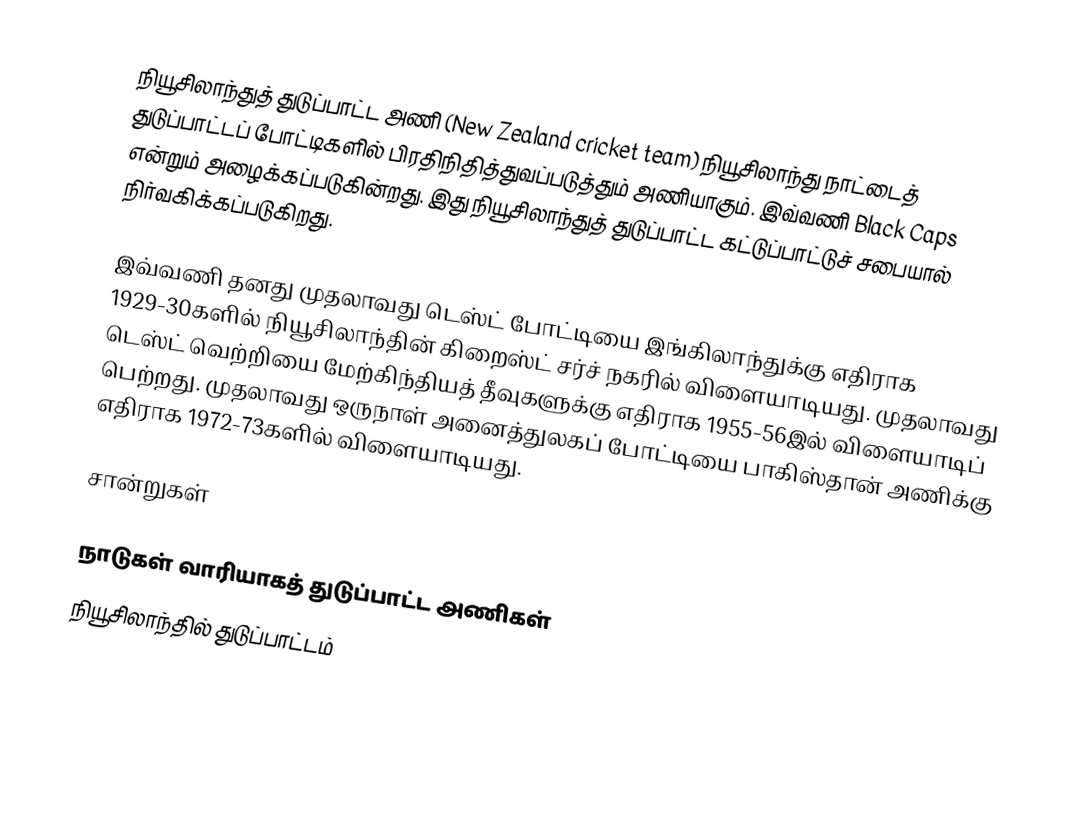
நியூசிலாந்துத் துடுப்பாட்ட அணி (New Zealand cricket team)  நியூசிலாந்து நாட்டைத் துடுப்பாட்டப் போட்டிகளில் பிரதிநிதித்துவப்படுத்தும் அணியாகும். இவ்வணி Black Caps என்றும் அழைக்கப்படுகின்றது. இது நியூசிலாந்துத் துடுப்பாட்ட  கட்டுப்பாட்டுச் சபையால் நிர்வகிக்கப்படுகிறது.

இவ்வணி தனது முதலாவது டெஸ்ட் போட்டியை இங்கிலாந்துக்கு எதிராக 1929-30களில் நியூசிலாந்தின் கிறைஸ்ட் சர்ச் நகரில் விளையாடியது. முதலாவது டெஸ்ட் வெற்றியை மேற்கிந்தியத் தீவுகளுக்கு எதிராக 1955-56இல் விளையாடிப் பெற்றது. முதலாவது ஒருநாள் அனைத்துலகப் போட்டியை பாகிஸ்தான் அணிக்கு எதிராக 1972-73களில் விளையாடியது.

சான்றுகள்

நாடுகள் வாரியாகத் துடுப்பாட்ட அணிகள்
நியூசிலாந்தில் துடுப்பாட்டம்